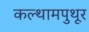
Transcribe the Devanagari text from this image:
कल्थामपुथूर